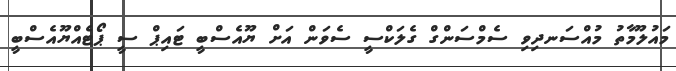
މައުލޫމާތު މުއްސަނދިވި ސެމްސަންގް ގެލަކްސީ ސެވަން އަށް ޔޫއެސްބީ ޓައިޕް ސީ ޕޯޓެއްޔޫއެސްބީ